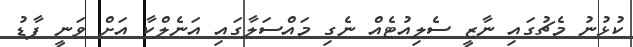
ކުޅުނު މެޗުގައި ނާޒީ ސެލިއުޓެއް ނެގި މައްސަލާގައި އަނެލްކާ އަށް ވަނީ ފާޑު